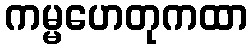
ကမ္မဟေတုကထာ